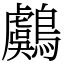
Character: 鸆